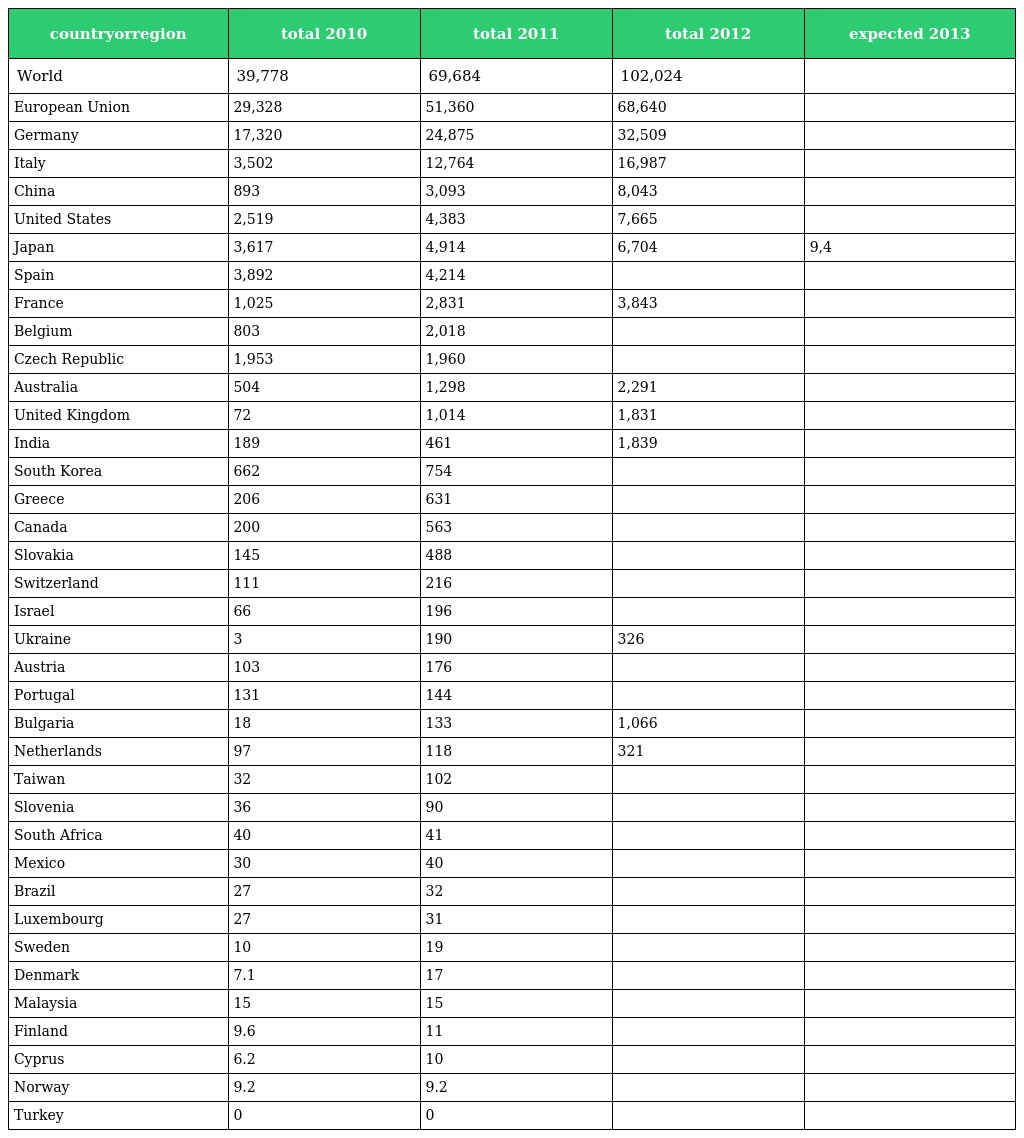
| countryorregion | total 2010 | total 2011 | total 2012 | expected 2013 |
 | --- | --- | --- | --- | --- |
 | World | 39,778 | 69,684 | 102,024 |  |
 | European Union | 29,328 | 51,360 | 68,640 |  |
 | Germany | 17,320 | 24,875 | 32,509 |  |
 | Italy | 3,502 | 12,764 | 16,987 |  |
 | China | 893 | 3,093 | 8,043 |  |
 | United States | 2,519 | 4,383 | 7,665 |  |
 | Japan | 3,617 | 4,914 | 6,704 | 9,4 |
 | Spain | 3,892 | 4,214 |  |  |
 | France | 1,025 | 2,831 | 3,843 |  |
 | Belgium | 803 | 2,018 |  |  |
 | Czech Republic | 1,953 | 1,960 |  |  |
 | Australia | 504 | 1,298 | 2,291 |  |
 | United Kingdom | 72 | 1,014 | 1,831 |  |
 | India | 189 | 461 | 1,839 |  |
 | South Korea | 662 | 754 |  |  |
 | Greece | 206 | 631 |  |  |
 | Canada | 200 | 563 |  |  |
 | Slovakia | 145 | 488 |  |  |
 | Switzerland | 111 | 216 |  |  |
 | Israel | 66 | 196 |  |  |
 | Ukraine | 3 | 190 | 326 |  |
 | Austria | 103 | 176 |  |  |
 | Portugal | 131 | 144 |  |  |
 | Bulgaria | 18 | 133 | 1,066 |  |
 | Netherlands | 97 | 118 | 321 |  |
 | Taiwan | 32 | 102 |  |  |
 | Slovenia | 36 | 90 |  |  |
 | South Africa | 40 | 41 |  |  |
 | Mexico | 30 | 40 |  |  |
 | Brazil | 27 | 32 |  |  |
 | Luxembourg | 27 | 31 |  |  |
 | Sweden | 10 | 19 |  |  |
 | Denmark | 7.1 | 17 |  |  |
 | Malaysia | 15 | 15 |  |  |
 | Finland | 9.6 | 11 |  |  |
 | Cyprus | 6.2 | 10 |  |  |
 | Norway | 9.2 | 9.2 |  |  |
 | Turkey | 0 | 0 |  |  |